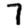
Digit: 7